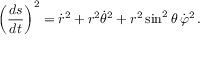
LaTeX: \left( { \frac { d s } { d t } } \right) ^ { 2 } = { \dot { r } } ^ { 2 } + r ^ { 2 } { \dot { \theta } } ^ { 2 } + r ^ { 2 } \sin ^ { 2 } \theta \, { \dot { \varphi } } ^ { 2 } \, .